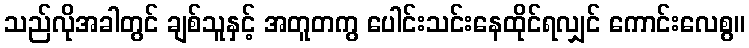
သည်လိုအခါတွင် ချစ်သူနှင့် အတူတကွ ပေါင်းသင်းနေထိုင်ရလျှင် ကောင်းလေစွ။